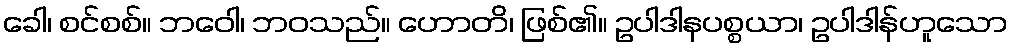
ခေါ၊ စင်စစ်။ ဘဝေါ၊ ဘဝသည်။ ဟောတိ၊ ဖြစ်၏။ ဥပါဒါနပစ္စယာ၊ ဥပါဒါန်ဟူသော